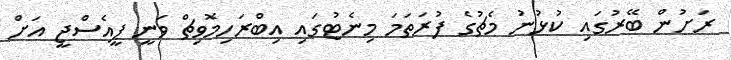
ރަށުން ބޭރުގައި ކުޅުނު މެޗުގެ ފުރަތަމަ މިނެޓުގައި އިބްރަހިމޮވިޗް ވަނީ ޕީއެސްޖީ އަށް